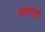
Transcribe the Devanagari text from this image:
अंतरापृष्ठ।